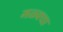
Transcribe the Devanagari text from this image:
मळक्या